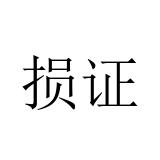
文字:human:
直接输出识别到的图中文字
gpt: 损证